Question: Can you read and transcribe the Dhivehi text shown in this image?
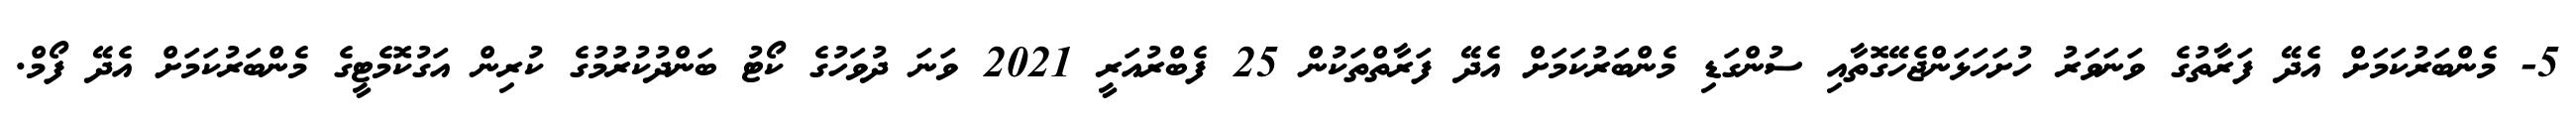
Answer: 5- މެންބަރުކަމަށް އެދޭ ފަރާތުގެ ވަނަވަރު ހުށަހަޅަންޖެހޭގޮތާއި ސުންގަޑި މެންބަރުކަމަށް އެދޭ ފަރާތްތަކުން 25 ފެބްރުއަރީ 2021 ވަނަ ދުވަހުގެ ކޯޓު ބަންދުކުރުމުގެ ކުރިން އަގުކޮމެޓީގެ މެންބަރުކަމަށް އެދޭ ފޯމް.